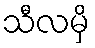
သီလမှိ